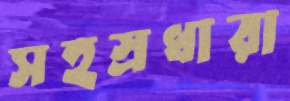
সহস্রধারা